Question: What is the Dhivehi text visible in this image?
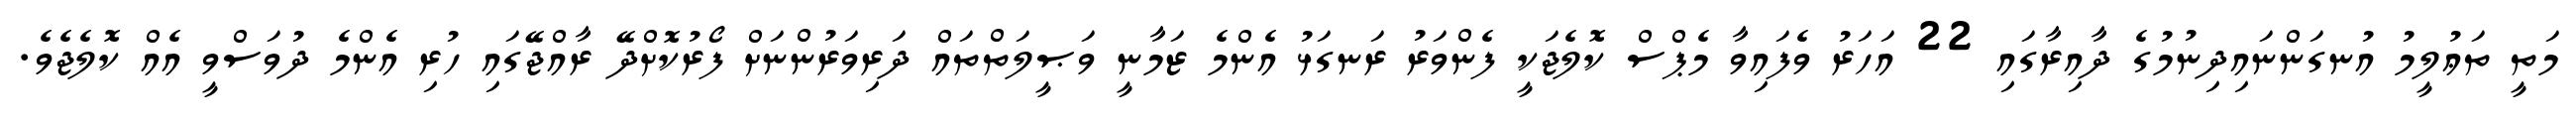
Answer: މަތީ ތަޢުލީމު އުނގަންނައިދިނުމުގެ ދާއިރާގައި 22 އަހަރު ވެފައިވާ މެޕްސް ކޮލެޖަކީ ފެންވަރު ރަނގަޅު އެންމެ ޒަމާނީ ވަޞީލަތްތައް ދަރިވަރުންނަށް ފޯރުކޮށްދޭ ރާއްޖޭގައި ހުރި އެންމެ ދުވަސްވީ އެއް ކޮލެޖެވެ.